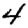
Digit: 4